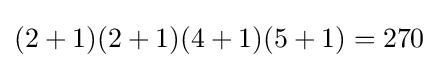
(2+1)(2+1)(4+1)(5+1)=270